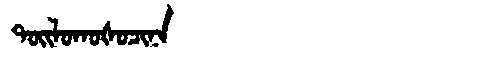
Manchu: ᡨᠣᡳᠯᠣᡴᠣᡧᠣᠴᡳᠨᠠ
Romanization: TOILOKOŠOCINA